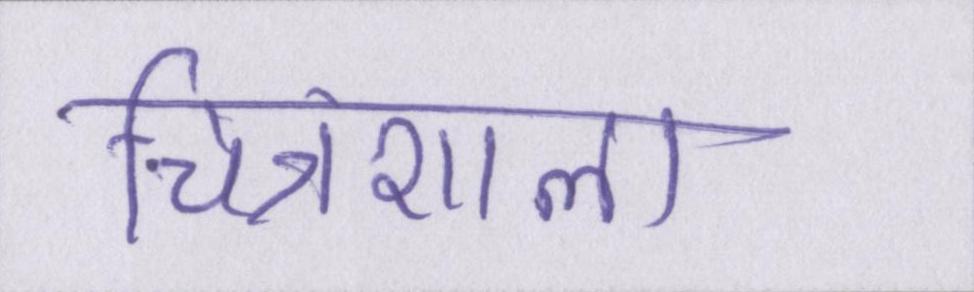
चित्रशाला